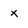
Character: x